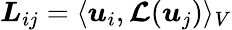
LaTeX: \boldsymbol{L}_{ij}=\langle\boldsymbol{u}_{i},\boldsymbol{\mathcal{L}}(\boldsymbol{u}_{j})\rangle_{V}